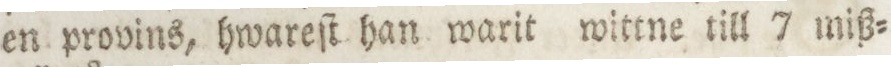
en provins, hwareſt han warit wittne till 7 miß=